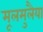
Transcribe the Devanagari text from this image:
मूलमुलैया